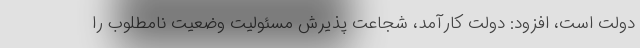
دولت است، افزود: دولت کارآمد، شجاعت پذیرش مسئولیت وضعیت نامطلوب را